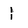
Character: 1